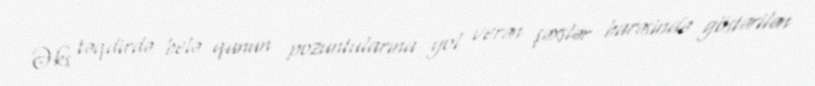
Əks təqdirdə belə qanun pozuntularına yol verən şəxslər barəsində göstərilən